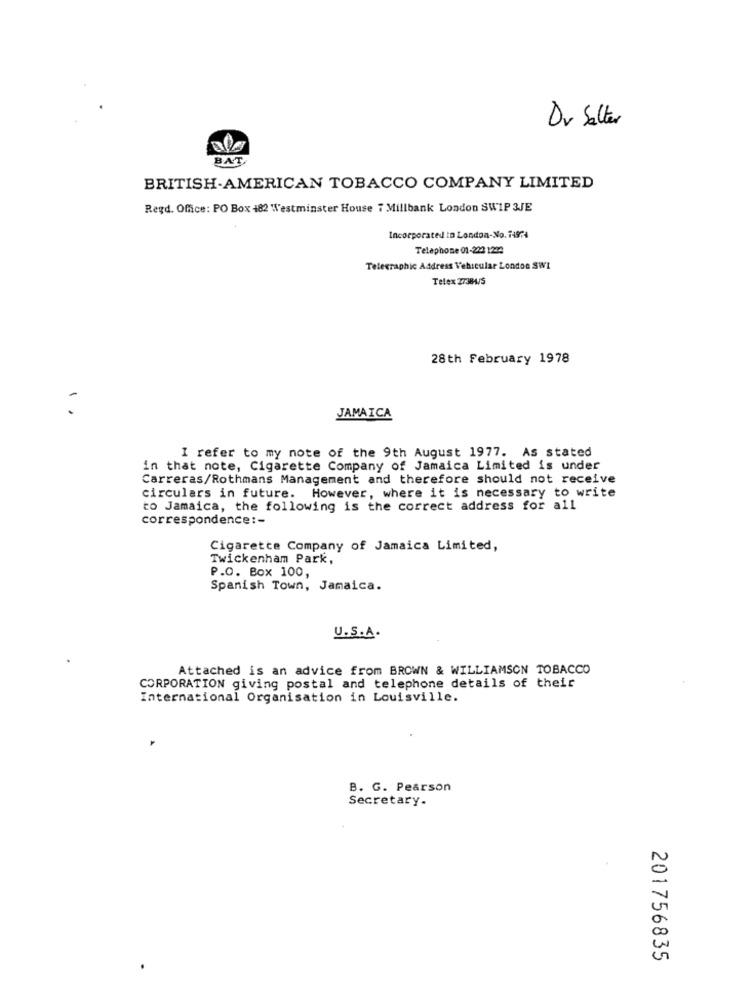
Dr Salter
BAT
BRITISH-AMERICAN TOBACCO COMPANY LIMITED
Regd. Office: PO Box 182 Westminster House i Millbank London SWIP 3JE
Incorporated in London-No. 74974
Telephone 01-222 1214
Telegraphic Address Vehicular London SWL
Telex 27384/5
28th February 1978
JAMAICA
I refer to my note of the 9th August 1977. As stated
in that note, Cigarette Company of Jamaica Limited is under
Carreras/Rothmans Management and therefore should not receive
circulars in future. However, where it is necessary to write
to Jamaica, the following is the correct address for all
correspondence :-
Cigarette Company of Jamaica Limited,
Twickenham Park,
P.O. Box 100,
Spanish Town, Jamaica.
U.S.A.
Attached is an advice from BROWN & WILLIAMSON TOBACCO
CORPORATION giving postal and telephone details of their
International Organisation in Louisville.
B. G. Pearson
Secretary.
201756835